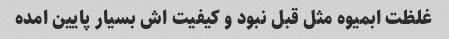
غلظت ابمیوه مثل قبل نبود و کیفیت اش بسیار پایین امده